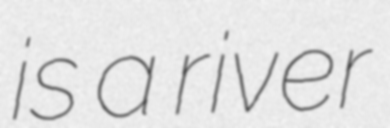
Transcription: is a river